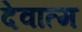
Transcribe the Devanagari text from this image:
देवात्म